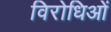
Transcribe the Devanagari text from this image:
विरोधिओं